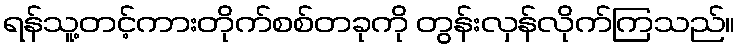
ရန်သူ့တင့်ကားတိုက်စစ်တခုကို တွန်းလှန်လိုက်ကြသည်။